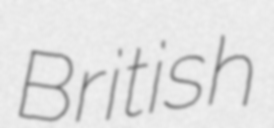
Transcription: British